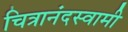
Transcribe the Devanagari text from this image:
चित्रानंदस्वामी